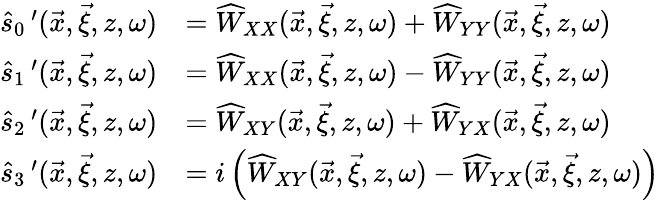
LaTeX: \begin{array}{rl}{\widehat{s}_{0}\, ^{\prime}(\vec{x},\vec{\xi},z,\omega)}&{=\widehat{W}_{XX}(\vec{x},\vec{\xi},z,\omega)+\widehat{W}_{YY}(\vec{x},\vec{\xi},z,\omega)}\\ {\widehat{s}_{1}\, ^{\prime}(\vec{x},\vec{\xi},z,\omega)}&{=\widehat{W}_{XX}(\vec{x},\vec{\xi},z,\omega)-\widehat{W}_{YY}(\vec{x},\vec{\xi},z,\omega)}\\ {\widehat{s}_{2}\, ^{\prime}(\vec{x},\vec{\xi},z,\omega)}&{=\widehat{W}_{XY}(\vec{x},\vec{\xi},z,\omega)+\widehat{W}_{YX}(\vec{x},\vec{\xi},z,\omega)}\\ {\widehat{s}_{3}\, ^{\prime}(\vec{x},\vec{\xi},z,\omega)}&{=i\left(\widehat{W}_{XY}(\vec{x},\vec{\xi},z,\omega)-\widehat{W}_{YX}(\vec{x},\vec{\xi},z,\omega)\right)}\end{array}